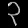
Digit: ၃